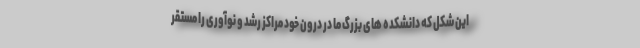
این شکل که دانشکده های بزرگ ما در درون خود مراکز رشد و نوآوری را مستقر